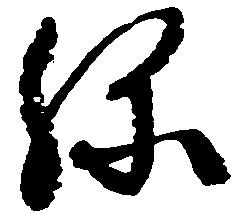
弥